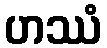
ဟဿံ